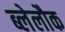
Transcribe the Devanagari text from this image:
ब्लेलौक